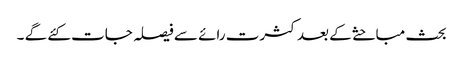
بحث مباحثے کے بعد کثرت رائے سے فیصلہ جات کئے گے ۔